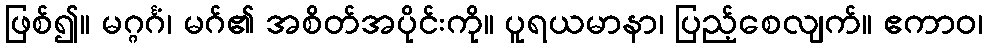
ဖြစ်၍။ မဂ္ဂင်္ဂံ၊ မဂ်၏ အစိတ်အပိုင်းကို။ ပူရယမာနာ၊ ပြည့်စေလျက်။ ဧကာဝ၊